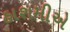
હાશમીએ